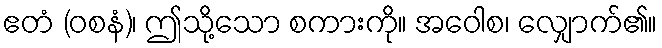
ဧတံ (ဝစနံ)၊ ဤသို့သော စကားကို။ အဝေါစ၊ လျှောက်၏။